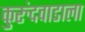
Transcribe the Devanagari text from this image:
कुरुंदवाडाला